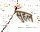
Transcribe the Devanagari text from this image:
सुहल